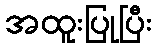
အထူးပြုပြီး